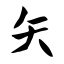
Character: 矢